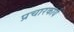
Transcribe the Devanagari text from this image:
प्रचारकार्य